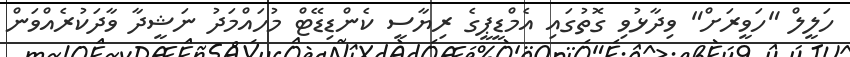
ހަލީލް "ހަވީރަށް" ވިދާޅުވި ގޮތުގައި އެމްޑީޕީގެ ރިޔާސީ ކެންޑިޑޭޓް މުހައްމަދު ނަޝީދާ ވާދަކުރެއްވަން